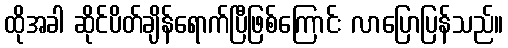
ထိုအခါ ဆိုင်ပိတ်ချိန်ရောက်ပြီဖြစ်ကြောင်း လာပြောပြန်သည်။